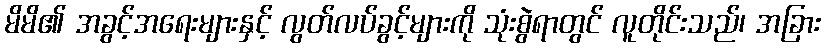
မိမိ၏ အခွင့်အရေးများနှင့် လွတ်လပ်ခွင့်များကို သုံးစွဲရာတွင် လူတိုင်းသည်၊ အခြား